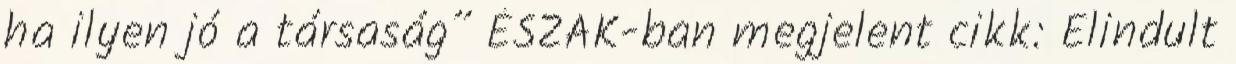
ha ilyen jó a társaság” ÉSZAK-ban megjelent cikk: Elindult